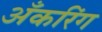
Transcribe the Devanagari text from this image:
अँकरिंग